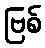
ဗြစ်